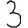
Digit: 3